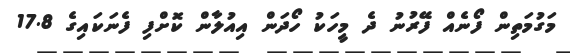
މަގުމަތިން ފޯނެއް ފޭރުނު ދެ މީހަކު ހޯދަން އިއުލާން ކޮށްފި ފެނަކައިގެ 17.8